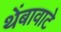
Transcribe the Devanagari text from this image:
थेंबावाटे